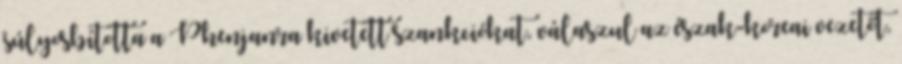
súlyosbította a Phenjanra kivetett szankciókat, válaszul az észak-koreai vezetőt,